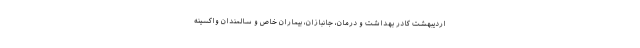
اردیبهشت کادر بهداشت و درمان، جانبازان، بیماران خاص و سالمندان واکسینه